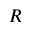
R